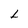
Character: L